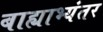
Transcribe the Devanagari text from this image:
बाह्याभ्यंतर